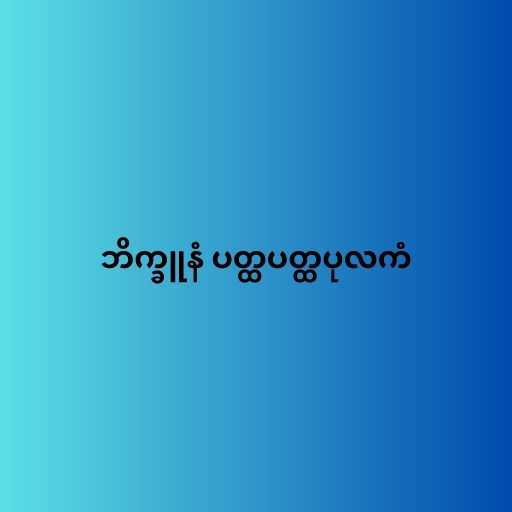
ဘိက္ခူနံ ပတ္ထပတ္ထပုလကံ